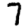
Digit: 7